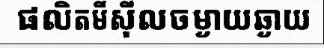
ផលិតមីស៊ីលចម្ងាយឆ្ងាយ